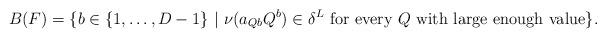
LaTeX: \begin{align*}B(F)=\{b\in\{1,\ldots, D-1\}\ |\ \nu(a_{Qb}Q^b)\in \delta^L\mbox{ for every }Q\mbox{ with large enough value}\}.\end{align*}